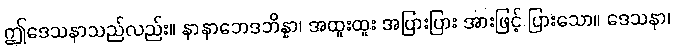
ဤဒေသနာသည်လည်း။ နာနာဘေဒဘိန္နာ၊ အထူးထူး အပြားပြား အားဖြင့် ပြားသော။ ဒေသနာ၊